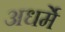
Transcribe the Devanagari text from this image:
अधर्मे